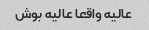
عالیه واقعا عالیه بوش